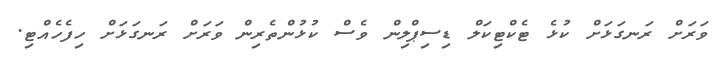
ވަރަށް ރަނގަޅަށް ކުޅެ ޓެކްޓިކަލް ޑިސިޕްލިން ވެސް ކުޅުންތެރިން ވަރަށް ރަނގަޅަށް ހިފެހެއްޓި.